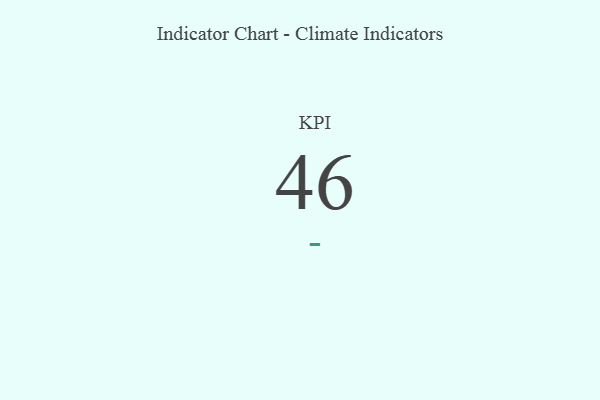
{"axis": {"x": "KPI", "y": "Value"}, "legend": [""], "data": [{"x": "KPI", "y": 46, "type": ""}]}